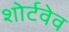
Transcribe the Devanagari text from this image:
शोर्टवेव